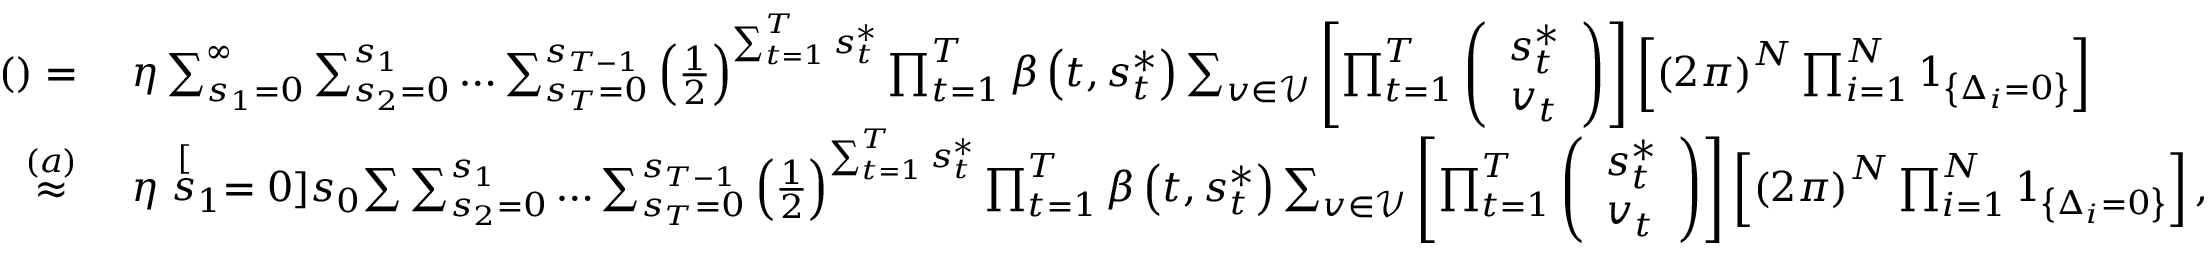
\begin{array} { r l } { \left( \right) = ~ } & { \eta \sum _ { s _ { 1 } = 0 } ^ { \infty } \sum _ { s _ { 2 } = 0 } ^ { s _ { 1 } } \ldots \sum _ { s _ { T } = 0 } ^ { s _ { T - 1 } } \left( \frac { 1 } { 2 } \right) ^ { \sum _ { t = 1 } ^ { T } s _ { t } ^ { * } } \prod _ { t = 1 } ^ { T } \beta \left( t , s _ { t } ^ { * } \right) \sum _ { \boldsymbol { v } \in \mathcal { V } } \left[ \prod _ { t = 1 } ^ { T } \left( \begin{array} { c } { s _ { t } ^ { * } } \\ { v _ { t } } \end{array} \right) \right] \left[ \left( 2 \pi \right) ^ { N } \prod _ { i = 1 } ^ { N } \boldsymbol { 1 } _ { \left\{ \Delta _ { i } = 0 \right\} } \right] } \\ { \overset { \left( a \right) } { \approx } ~ } & { \eta \stackrel [ s _ { 1 } = 0 ] { s _ { 0 } } { \sum } \sum _ { s _ { 2 } = 0 } ^ { s _ { 1 } } \ldots \sum _ { s _ { T } = 0 } ^ { s _ { T - 1 } } \left( \frac { 1 } { 2 } \right) ^ { \sum _ { t = 1 } ^ { T } s _ { t } ^ { * } } \prod _ { t = 1 } ^ { T } \beta \left( t , s _ { t } ^ { * } \right) \sum _ { \boldsymbol { v } \in \mathcal { V } } \left[ \prod _ { t = 1 } ^ { T } \left( \begin{array} { c } { s _ { t } ^ { * } } \\ { v _ { t } } \end{array} \right) \right] \left[ \left( 2 \pi \right) ^ { N } \prod _ { i = 1 } ^ { N } \boldsymbol { 1 } _ { \left\{ \Delta _ { i } = 0 \right\} } \right] , } \end{array}